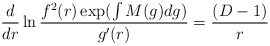
\begin{align*}\frac{d}{dr}\ln\frac{f^{2}(r)\exp(\int M(g)dg)}{g^{\prime}(r)}=\frac{(D-1)}{r}\end{align*}